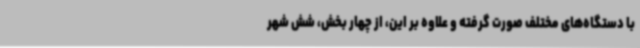
با دستگاه‌های مختلف صورت گرفته و علاوه بر این، از چهار بخش، شش شهر